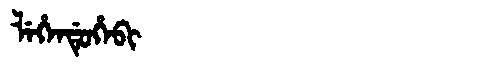
Manchu: ᠯᡝᡥᡝᠨᡩᡠᡥᡝᠪᡳ
Romanization: LEHENDUHEBI